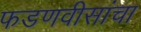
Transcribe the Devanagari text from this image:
फडणवीसांचा